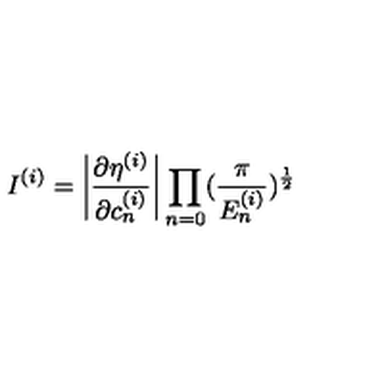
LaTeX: I ^ { ( i ) } = \left| \frac { \partial \eta ^ { ( i ) } } { \partial c _ { n } ^ { ( i ) } } \right| \prod _ { n = 0 } ( \frac { \pi } { E _ { n } ^ { ( i ) } } ) ^ { \frac { 1 } { 2 } }